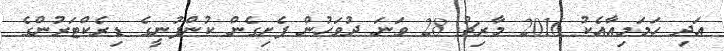
އަދި ހަމަމިއާއެކު 2016 މާރިޗު 28 ވަނަ ދުވަހުން ފެށިގެން ކުންފުނީގެ ޑިރެކްޓަރުންގެ